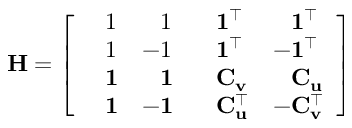
\mathbf { H } = \left[ \begin{array} { l l l l } { \phantom { - } 1 } & { \phantom { - } 1 } & { \phantom { - } \mathbf { 1 } ^ { \top } } & { \phantom { - } \mathbf { 1 } ^ { \top } } \\ { \phantom { - } 1 } & { - 1 } & { \phantom { - } \mathbf { 1 } ^ { \top } } & { - \mathbf { 1 } ^ { \top } } \\ { \phantom { - } \mathbf { 1 } } & { \phantom { - } \mathbf { 1 } } & { \phantom { - } \mathbf { C } _ { \mathbf { v } } } & { \phantom { - } \mathbf { C } _ { \mathbf { u } } } \\ { \phantom { - } \mathbf { 1 } } & { - \mathbf { 1 } } & { \phantom { - } \mathbf { C } _ { \mathbf { u } } ^ { \top } } & { - \mathbf { C } _ { \mathbf { v } } ^ { \top } } \end{array} \right]